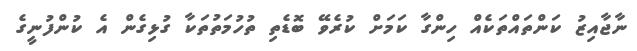
ނާޖާއިޒު ކަންތައްތަކެއް ހިންގާ ކަމަށް ކުރެވޭ ބޮޑެތި ތުހުމަތުތަކާ ގުޅިގެން އެ ކުންފުނީގެ